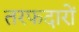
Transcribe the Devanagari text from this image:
तरफदारों